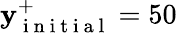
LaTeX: \mathbf{y}_{\mathrm{{~i~n~i~t~i~a~l~}}}^{+}=50